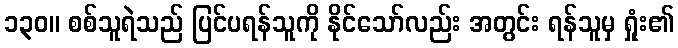
၁၃၀။ စစ်သူရဲသည် ပြင်ပရန်သူကို နိုင်သော်လည်း အတွင်း ရန်သူမှ ရှုံး၏